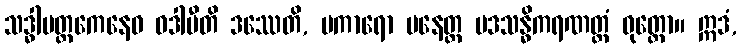
သဒ္ဓါမတ္တကေနေဝ ဝဒါမီတိ ဒဿေတိ, မကာရော ပနေတ္ထ ပဒသန္ဓိကရဏတ္ထံ ဝုတ္တော။ ဣဒံ,